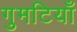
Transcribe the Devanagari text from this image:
गुमटियाँ